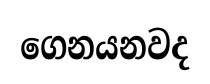
ගෙනයනවද